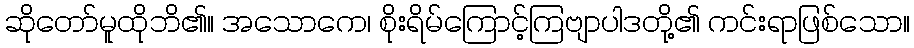
ဆိုတော်မူထိုဘိ၏။ အသောကေ၊ စိုးရိမ်ကြောင့်ကြဗျာပါဒတို့၏ ကင်းရာဖြစ်သော။